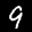
Label: 9